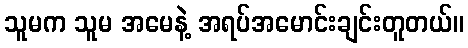
သူမက သူမ အမေနဲ့ အရပ်အမောင်းချင်းတူတယ်။